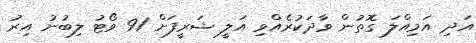
އަދި އަމިއްލަ ގޮތުން ވާދަކުރެއްވި އަލީ ޝަރީފަށް 91 ވޯޓު ލިބުނު އިރު